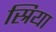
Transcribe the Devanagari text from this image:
स्रिया